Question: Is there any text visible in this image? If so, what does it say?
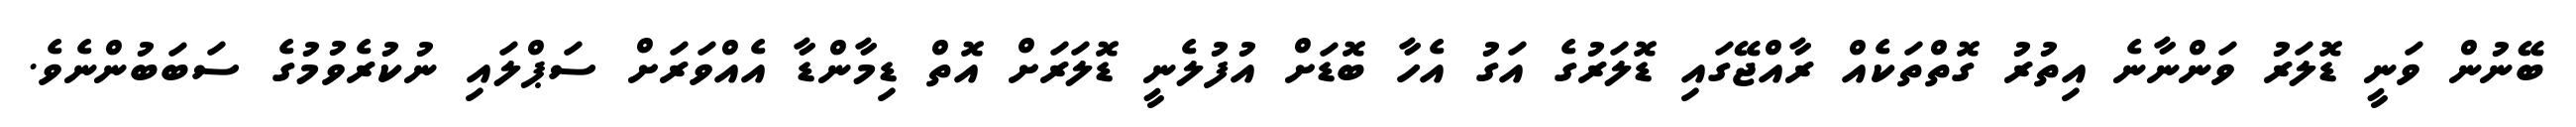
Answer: ބޭނުން ވަނީ ޑޮލަރު ވަންނާނެ އިތުރު ގޮތްތަކެއް ރާއްޖޭގައި ޑޮލަރުގެ އަގު އެހާ ބޮޑަށް އުފުލެނީ ޑޮލަރަށް އޮތް ޑިމާންޑާ އެއްވަރަށް ސަޕްލައި ނުކުރެވުމުގެ ސަބަބުންނެވެ.